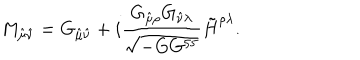
M _ { \hat { \mu } \hat { \nu } } = G _ { \hat { \mu } \hat { \nu } } + i { \frac { G _ { \hat { \mu } \rho } G _ { \hat { \nu } \lambda } } { \sqrt { - G G ^ { 5 5 } } } } \tilde { H } ^ { \rho \lambda } .